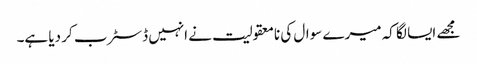
مجھے ایسا لگا کہ میرے سوال کی نامعقولیت نے انہیں ڈسٹرب کر دیا ہے۔